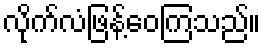
လိုက်လံဖြန့်ဝေကြသည်။